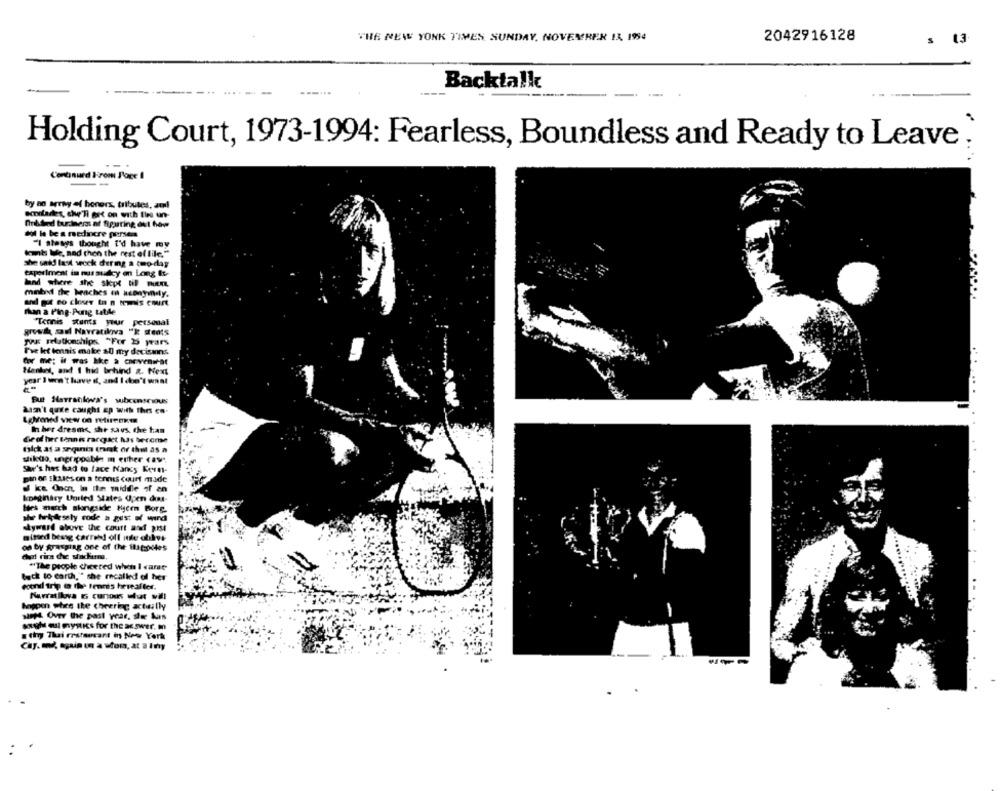
THE NEW YORK TIMES SUNDAY, NOVEMBER 13. 1994
2042916128
s 13
Backtalk
Holding Court, 1973-1994: Fearless, Boundless and Ready to Leave :
Continued From Pove I
by no array of honors, tributes, auf
Arkded buriner af figuring out how
dol le be a mediocre persem
"I always thought I'd have my
kut We. nad then the rest of file."
she said last week dering a two-day
experiment in nus musicy en Lang Is-
mobil the beaches in acenyindy.
and got co clour to n twis court
Than a Ping-Pong tatde
"Tennis stants your personal
growit sel Navratilova "k sonts
yunus relationships. "For 3 years
I've ket tennis make 20 my decisions
Henkel, and I hid behind &. Next
year I won't have it, and I don't want
ain't quie caught up With thes en-
In her dreams, shr savs, the tan
Ge of her tennis racquet has become
fick 11 a zagini trak or the as a
sikdo, unpripoable m either raw".
Saw's hes had to face Nancy Kern-
pin or skuses on a tennis court made
a ke Ono in the middle of an
kpaginary United States Open dont-
Ites march alongside Kycen Borg.
she tripkesely rode a gest of wind
skyward above the court and pist
mised besig carrel! off ile ables
on by grasping one of the 18 tolles
"The people cheered when I care
back to earth," she recalled of her
econd trip @ the tennes hereafter.
happen stee the cheering actually
SAIL Over the past year, der Aus
sagh mul mystics for the answer. m
thy Thai restaurant in New York
Chy. mod, spain on a Mora, at a iny